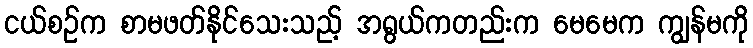
ငယ်စဉ်က စာမဖတ်နိုင်သေးသည့် အရွယ်ကတည်းက မေမေက ကျွန်မကို